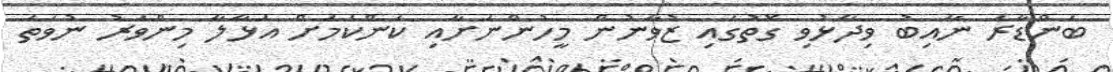
ބަންޑާރަ ނާއިބު ވިދާޅުވި ގޮތުގައި ޒުވާނުން މީހުންނަށާއި ކަންކަމަށް އަޅާލާ މިންވަރު ނުވަތަ